King Institute of Preventive Medicine Micro-Biological Section reports 1912-19
Year: 1912
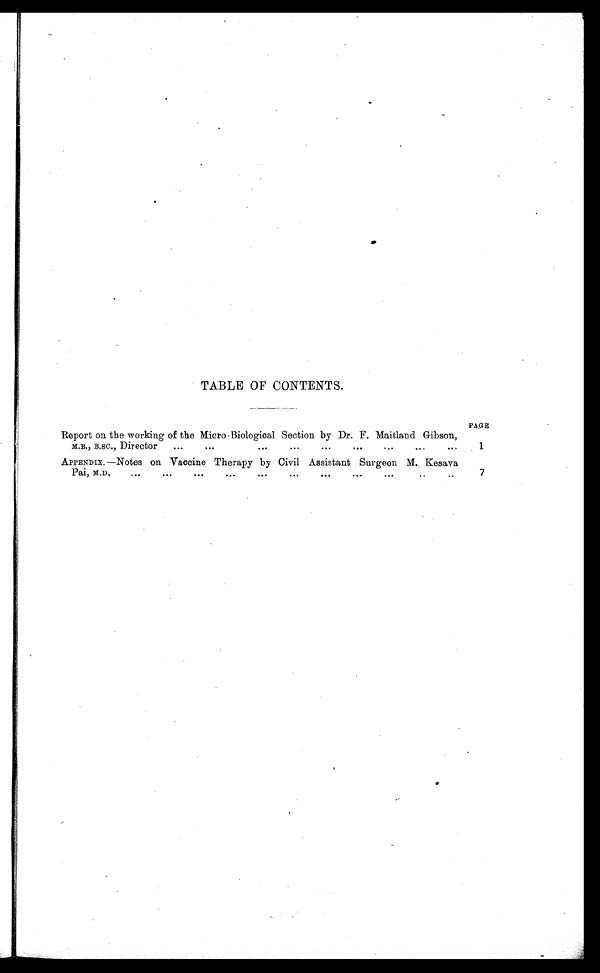
TABLE OF CONTENTS.
PAGE
Report on the working of the Micro-Biological Section by Dr. F. Maitland Gibson,
M.B., B.sc., Director
...
...
...
...
...
...
...
...
. . .
1
APPENDIX.—Notes on Vaccine Therapy by Civil Assistant Surgeon M. Kesava
Pai, M.D.
...
...
...
...
...
...
...
...
...
..
7